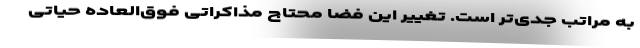
به مراتب جدی‌تر است. تغییر این فضا محتاج مذاکراتی فوق‌العاده حیاتی